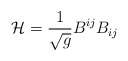
\begin{align*}{\cal H} = \frac{1}{\sqrt{g}} B^{ij} B_{ij}\end{align*}